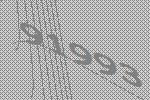
91993